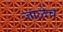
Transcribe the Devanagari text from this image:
जाळेच